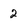
Character: 2